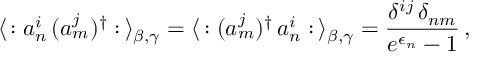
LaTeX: \langle \, : a _ { n } ^ { i } \, ( a _ { m } ^ { j } ) ^ { \dagger } : \, \rangle _ { \beta , \gamma } = \langle \, : ( a _ { m } ^ { j } ) ^ { \dagger } \, a _ { n } ^ { i } : \, \rangle _ { \beta , \gamma } = \frac { \delta ^ { i j } \, \delta _ { n m } } { e ^ { \epsilon _ { n } } - 1 } \, ,